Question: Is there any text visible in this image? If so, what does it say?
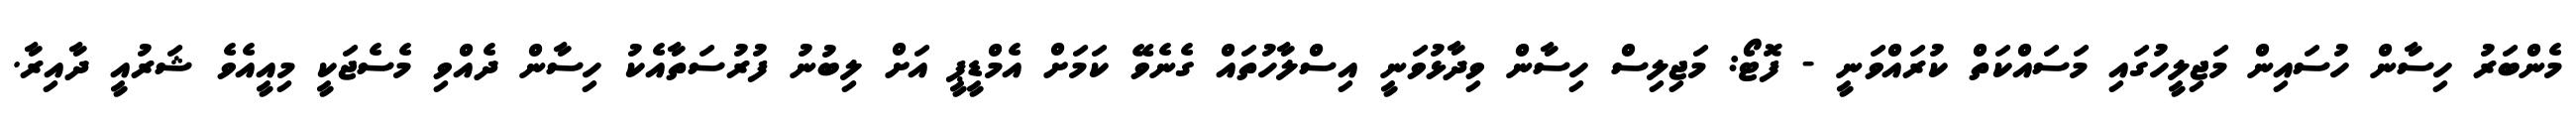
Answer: މެންބަރު ހިސާން ހުސައިން މަޖިލީހުގައި މަސައްކަތް ކުރައްވަނީ - ފޮޓޯ: މަޖިލިސް ހިސާން ވިދާޅުވަނީ އިސްލާހުތައް ގެނެވޭ ކަމަށް އެމްޑީޕީ އަށް ލިބުނު ފުރުސަތާއެކު ހިސާން ދެއްވި މެސެޖަކީ މިއީއެވެ ޝަރުއީ ދާއިރާ.